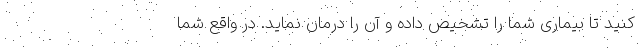
کنید تا بیماری شما را تشخیص داده و آن را درمان نماید. در واقع شما